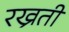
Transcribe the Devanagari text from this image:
रख्रती